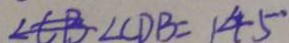
\angle C D B = 1 4 5 ^ { \circ }